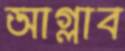
আগ্‌লাব